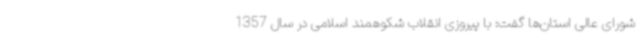
شورای عالی استان‌ها گفت: با پیروزی انقلاب شکوهمند اسلامی در سال 1357